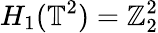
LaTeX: H_{1}(\mathbb{T}^{2})=\mathbb{Z}_{2}^{2}